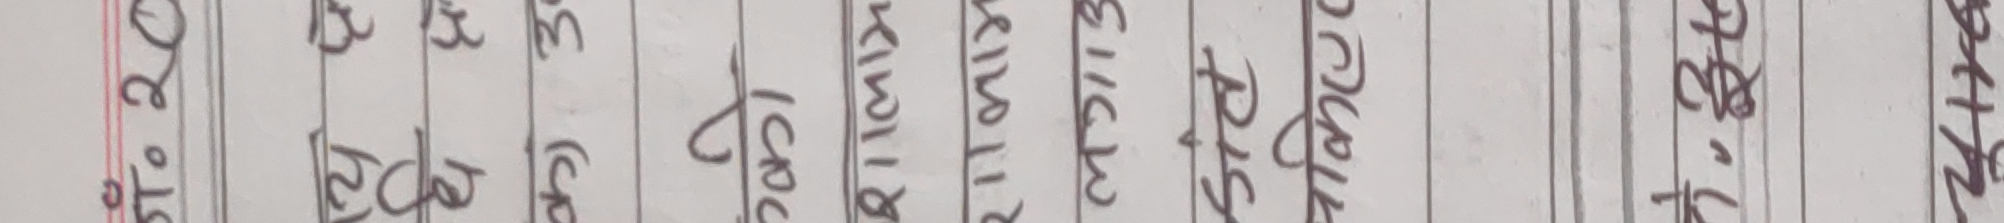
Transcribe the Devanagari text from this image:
१०. सेव
११. बैंगन
१२. गाजर
१३. करेला
१४. कीवी
१५. शिमला मिर्च
१६. पालक
१७. ब्रोकली